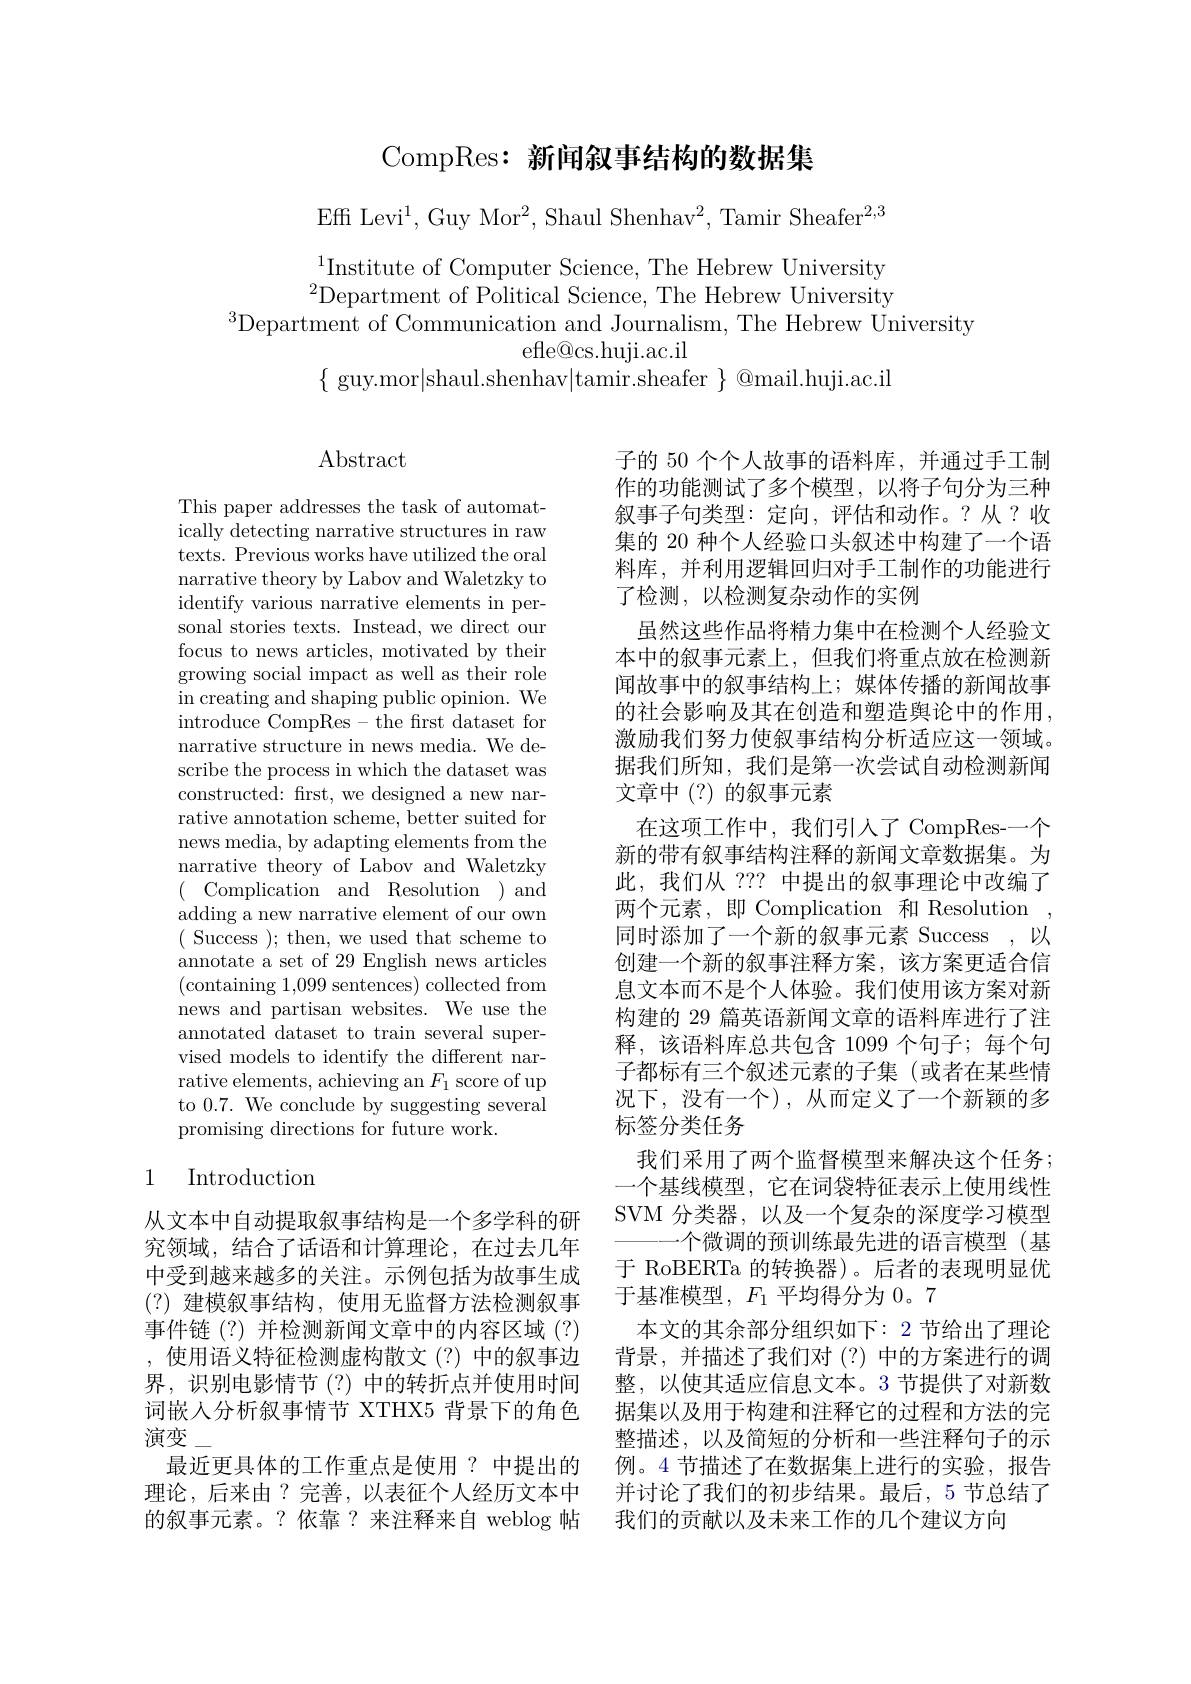
# CompRes: 新闻叙事结构的数据集

Effi Levi$^1$,Guy Mor$^2$,Shaul Shenhav$^2$,Tamir Sheafer$^2,3$

$^{1}$Institute of Computer Science, The Hebrew University $^{2}$Department of Political Science, The Hebrew University
$^{3}\bar{\text{Department of Communication and Journalism, The Hebrew University}}$
efle@cs.huji.ac.il
$\{$ guy.mor|shaul.shenhav|tamir.sheafer $\}$ @mail.huji.ac.il

# $\operatorname{Abstract}$

This paper addresses the task of automatically detecting narrative structures in raw texts. Previous works have utilized the oral narrative theory by Labov and Waletzky to identify various narrative elements in personal stories texts. Instead, we direct our focus to news articles, motivated by their growing social impact as well as their role ${\mathrm{~in~creating~and~shaping~public~opinion.~We}}$ introduce CompRes- the frst dataset for narrative structure in news media. We describe the process in which the dataset was constructed: frst, we designed a new narrative annotation scheme, better suited for news media, by adapting elements from the narrative theory of Labov and Waletzky ( Complication and Resolution )and adding a new narrative element of our own ( Success ); then, we used that scheme to annotate a set of 29 English news articles (containing 1,099 sentences) collected from news and partisan websites. We use the annotated dataset to train several supervised models to identify the different narrative elements, achieving an $F_1$ score of up to 0.7. We conclude by suggesting several promising directions for future work.

子的 50 个个人故事的语料库，并通过手工制作的功能测试了多个模型，以将子句分为三种叙事子句类型：定向，评估和动作。?从？收集的 20 种个人经验口头叙述中构建了一个语料库，并利用逻辑回归对手工制作的功能进行了检测，以检测复杂动作的实例
虽然这些作品将精力集中在检测个人经验文本中的叙事元素上，但我们将重点放在检测新闻故事中的叙事结构上；媒体传播的新闻故事的社会影响及其在创造和塑造舆论中的作用， 激励我们努力使叙事结构分析适应这一领域。据我们所知，我们是第一次尝试自动检测新闻文章中(?)的叙事元素
在这项工作中，我们引人了 CompRes-一个新的带有叙事结构注释的新闻文章数据集。为此，我们从 ??? 中提出的叙事理论中改编了两个元素，即 Complication 和 Resolution , 同时添加了一个新的叙事元素 Success ,以创建一个新的叙事注释方案，该方案更适合信息文本而不是个人体验。我们使用该方案对新构建的 29 篇英语新闻文章的语料库进行了注释，该语料库总共包含 1099 个句子；每个句子都标有三个叙述元素的子集(或者在某些情况下，没有一个),从而定义了一个新颖的多标签分类任务
我们采用了两个监督模型来解决这个任务； 一个基线模型，它在词袋特征表示上使用线性SVM 分类器，以及一个复杂的深度学习模型
一个微调的预训练最先进的语言模型(基于 RoBERTa 的转换器)。后者的表现明显优于基准模型，$F_1$平均得分为 0。7
本文的其余部分组织如下：2 节给出了理论背景，并描述了我们对(?)中的方案进行的调整，以使其适应信息文本。3 节提供了对新数据集以及用于构建和注释它的过程和方法的完整描述，以及简短的分析和一些注释句子的示例。4 节描述了在数据集上进行的实验，报告
理论，后来由？完善，以表征个人经历文本中 并讨论了我们的初步结果。最后，5节总结了
的叙事元素。?依靠？来注释来自 weblog 帖 我们的贡献以及未来工作的几个建议方向

## 1 Introduction

从文本中自动提取叙事结构是一个多学科的研究领域，结合了话语和计算理论，在过去几年中受到越来越多的关注。示例包括为故事生成(?)建模叙事结构，使用无监督方法检测叙事事件链(?)并检测新闻文章中的内容区域(?) ,使用语义特征检测虚构散文(?)中的叙事边界，识别电影情节(?)中的转折点并使用时间词嵌人分析叙事情节 XTHX5 背景下的角色演变
最近更具体的工作重点是使用？中提出的